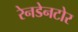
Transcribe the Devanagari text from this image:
रेनडेनटोर